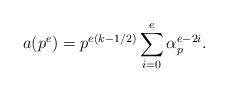
LaTeX: \begin{align*} a(p^e) = p^{e(k-1/2)} \sum_{i=0}^e \alpha_p^{e-2i}.\end{align*}